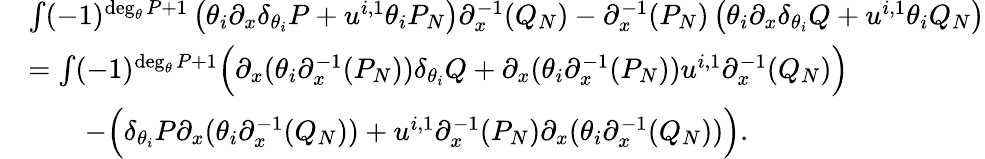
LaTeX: \begin{array}{rl}&{\int(-1)^{\deg_{\theta}P+1}\left(\theta_{i}\partial_{x}{\delta}_{\theta_{i}}P+u^{i,1}\theta_{i}P_{N}\right)\partial_{x}^{-1}(Q_{N})-\partial_{x}^{-1}(P_{N})\left(\theta_{i}\partial_{x}{\delta}_{\theta_{i}}Q+u^{i,1}\theta_{i}Q_{N}\right)}\\ &{=\int(-1)^{\deg_{\theta}P+1}\Big(\partial_{x}(\theta_{i}\partial_{x}^{-1}(P_{N})){\delta}_{\theta_{i}}Q+\partial_{x}(\theta_{i}\partial_{x}^{-1}(P_{N}))u^{i,1}\partial_{x}^{-1}(Q_{N})\Big)}\\ &{\qquad-\Big({\delta}_{\theta_{i}}P\partial_{x}(\theta_{i}\partial_{x}^{-1}(Q_{N}))+u^{i,1}\partial_{x}^{-1}(P_{N})\partial_{x}(\theta_{i}\partial_{x}^{-1}(Q_{N}))\Big).}\end{array}